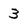
Character: 3